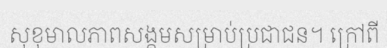
សុខុមាលភាពសង្គមសម្រាប់ប្រជាជន។ ក្រៅពី